Indian journal of veterinary science and animal husbandry - Volumes 22-23, 1952-1953
Year: 1952
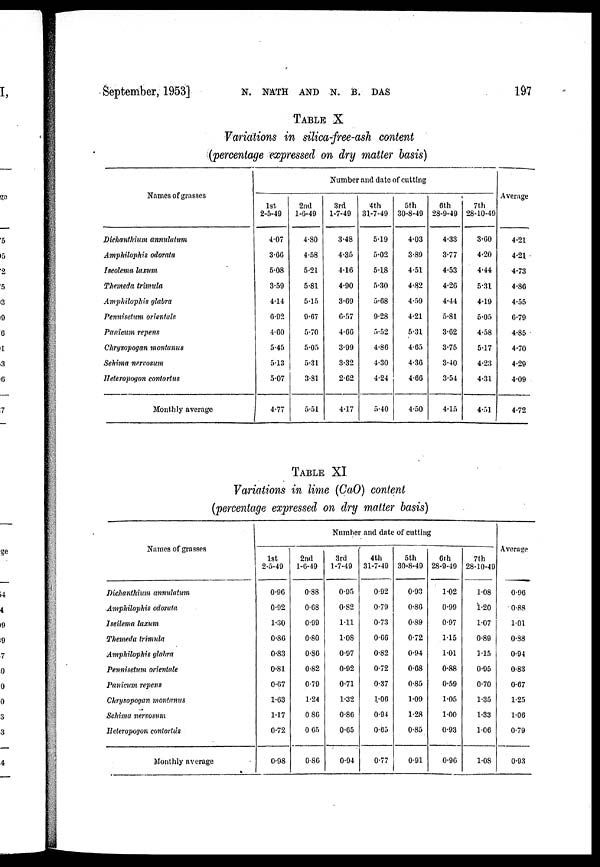
September, 1953] N. NATH AND N. B. DAS
TABLE X
Variations in silica-free-ash content
(percentage expressed on dry matter basis)
Names of grasses
Dichanthium annulatum
Amphilophis odorata
Iseolema laxum
Themeda trimula
Amphilophis glabra
Pennisetum orientate
Panicum repens
Chrysopogan montanus
Sehima nervosum
Heteropogon contortus
Monthly average
Number and date of cutting
1st
2-5-49
4.07
3.66
5.08
3.59
4.14
6.92
4.60
5.45
5.13
5.07
4.77
2nd
1-6-49
4.80
4.58
5.21
5.81
5.15
9.67
5.70
5.05
5.31
3.81
5.51
3rd
1-7-49
3.48
4.35
4.16
4.90
3.69
6.57
4.66
3.99
3.32
2.62
4.17
4th
31-7-49
5.19
5.02
5.18
5.30
5.68
9.28
5.52
4.86
4.30
4.24
5.40
5th
30-8-49
4.03
3.89
4.51
4.82
4.59
4.21
5.31
4.65
4.36
4.66
4.50
6th
28-9-49
4.33
3.77
4.53
4.26
4.44
5.81
3.62
3.75
3.40
3.54
4.15
7th
28-10-49
3.60
4.20
4.44
5.31
4.19
5.05
4.58
5.17
4.23
4.31
4.51
Average
4.21
4.21
4.73
4.86
4.55
6.79
4.85
4.70
4.29
4.09
4.72
Table XI
Variations in lime (CaO) content
(percentage expressed on dry matter basis)
Names of grasses
Dichanthium annulatum
Amphilophis odorata
Iseilema laxum
Themeda trimula
Amphilophis glabra
Pennisetum orientale
Panicum repens
Chrysopogan montanus
Sehima nervosum
Heteropogon contortus
Monthly average
Number and date of cutting
1st
2-5-49
0.96
0.92
1.30
0.86
0.83
0.81
0.67
1.63
1.17
0.72
0.98
2nd
1-0-49
0.88
0.68
0.99
0.80
0.86
0.82
0.79
1.24
0.86
0.65
0.86
3rd
1-7-49
0.95
0.82
1.11
1.08
0.97
0.92
0.71
1.32
0.86
0.65
0.94
4th
31-7-49
0.92
0.79
0.73
0.66
0.82
0.72
0.37
1.06
0.94
0.65
0.77
5th
30-8-49
0.93
0.86
0.89
0.72
0.94
0.68
0.85
1.09
1.28
0.85
0.91
6th
28-9-49
1.02
0.99
0.97
1.15
1.01
0.88
0.59
1.05
1.00
0.93
0.96
7th
28-10-49
1.08
1.20
1.07
0.89
1.15
0.95
0.70
1.35
1.33
l.06
1.08
Average
0.96
0.88
1.01
0.88
0.94
0.83
0.67
1.25
1.06
0.79
0.93